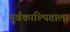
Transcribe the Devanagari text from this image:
पूर्वकाल्पिताला